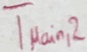
Text: TMain,2